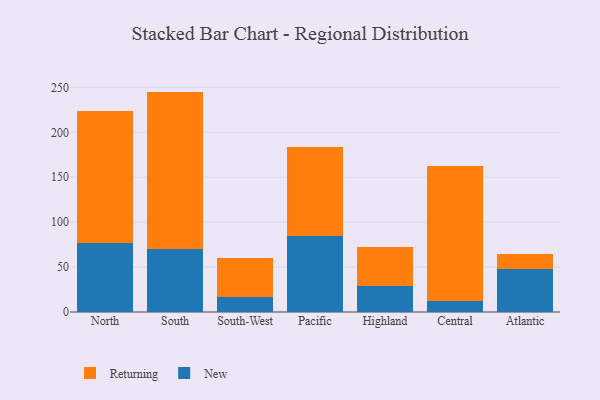
{"axis": {"x": "Region", "y": "Churn Rate (%)"}, "legend": ["New", "Returning"], "data": [{"x": "North", "y": 77.3, "type": "New"}, {"x": "North", "y": 146.7, "type": "Returning"}, {"x": "South", "y": 70.5, "type": "New"}, {"x": "South", "y": 174.8, "type": "Returning"}, {"x": "South-West", "y": 16.2, "type": "New"}, {"x": "South-West", "y": 44.0, "type": "Returning"}, {"x": "Pacific", "y": 85.0, "type": "New"}, {"x": "Pacific", "y": 99.1, "type": "Returning"}, {"x": "Highland", "y": 28.8, "type": "New"}, {"x": "Highland", "y": 44.1, "type": "Returning"}, {"x": "Central", "y": 12.8, "type": "New"}, {"x": "Central", "y": 149.9, "type": "Returning"}, {"x": "Atlantic", "y": 47.6, "type": "New"}, {"x": "Atlantic", "y": 16.5, "type": "Returning"}]}